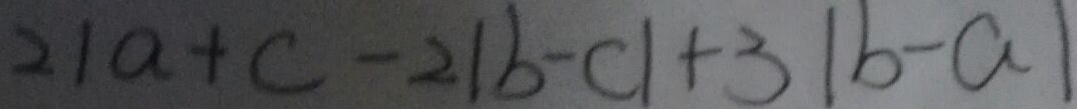
2 1 a + c - 2 \vert b - c \vert + 3 \vert b - a \vert